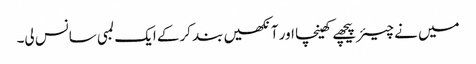
میں نے چیئر پیچھے کھینچا اور آنکھیں بند کرکے ایک لمبی سانس لی۔